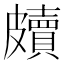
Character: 𥀲